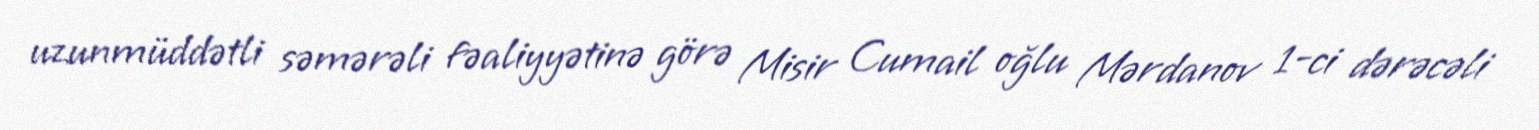
uzunmüddətli səmərəli fəaliyyətinə görə Misir Cumail oğlu Mərdanov 1-ci dərəcəli